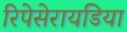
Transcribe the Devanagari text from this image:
रिपेसेरायडिया